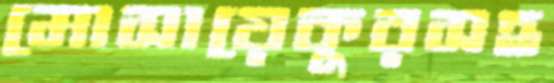
মোসায়েকুরসহ